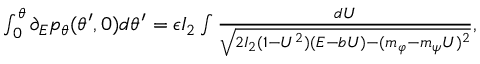
\begin{array} { r } { \int _ { 0 } ^ { \theta } \partial _ { E } p _ { \theta } ( \theta ^ { \prime } , 0 ) d \theta ^ { \prime } = \epsilon I _ { 2 } \int \frac { d U } { \sqrt { 2 I _ { 2 } ( 1 - U ^ { 2 } ) ( E - b U ) - ( m _ { \varphi } - m _ { \psi } U ) ^ { 2 } } } , } \end{array}